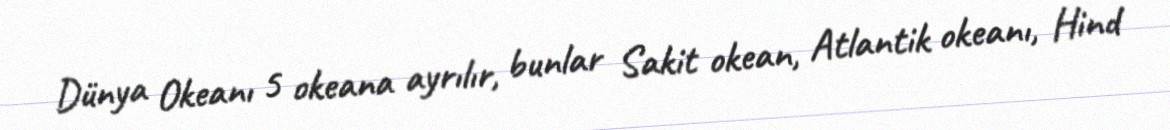
Dünya Okeanı 5 okeana ayrılır, bunlar Sakit okean, Atlantik okeanı, Hind